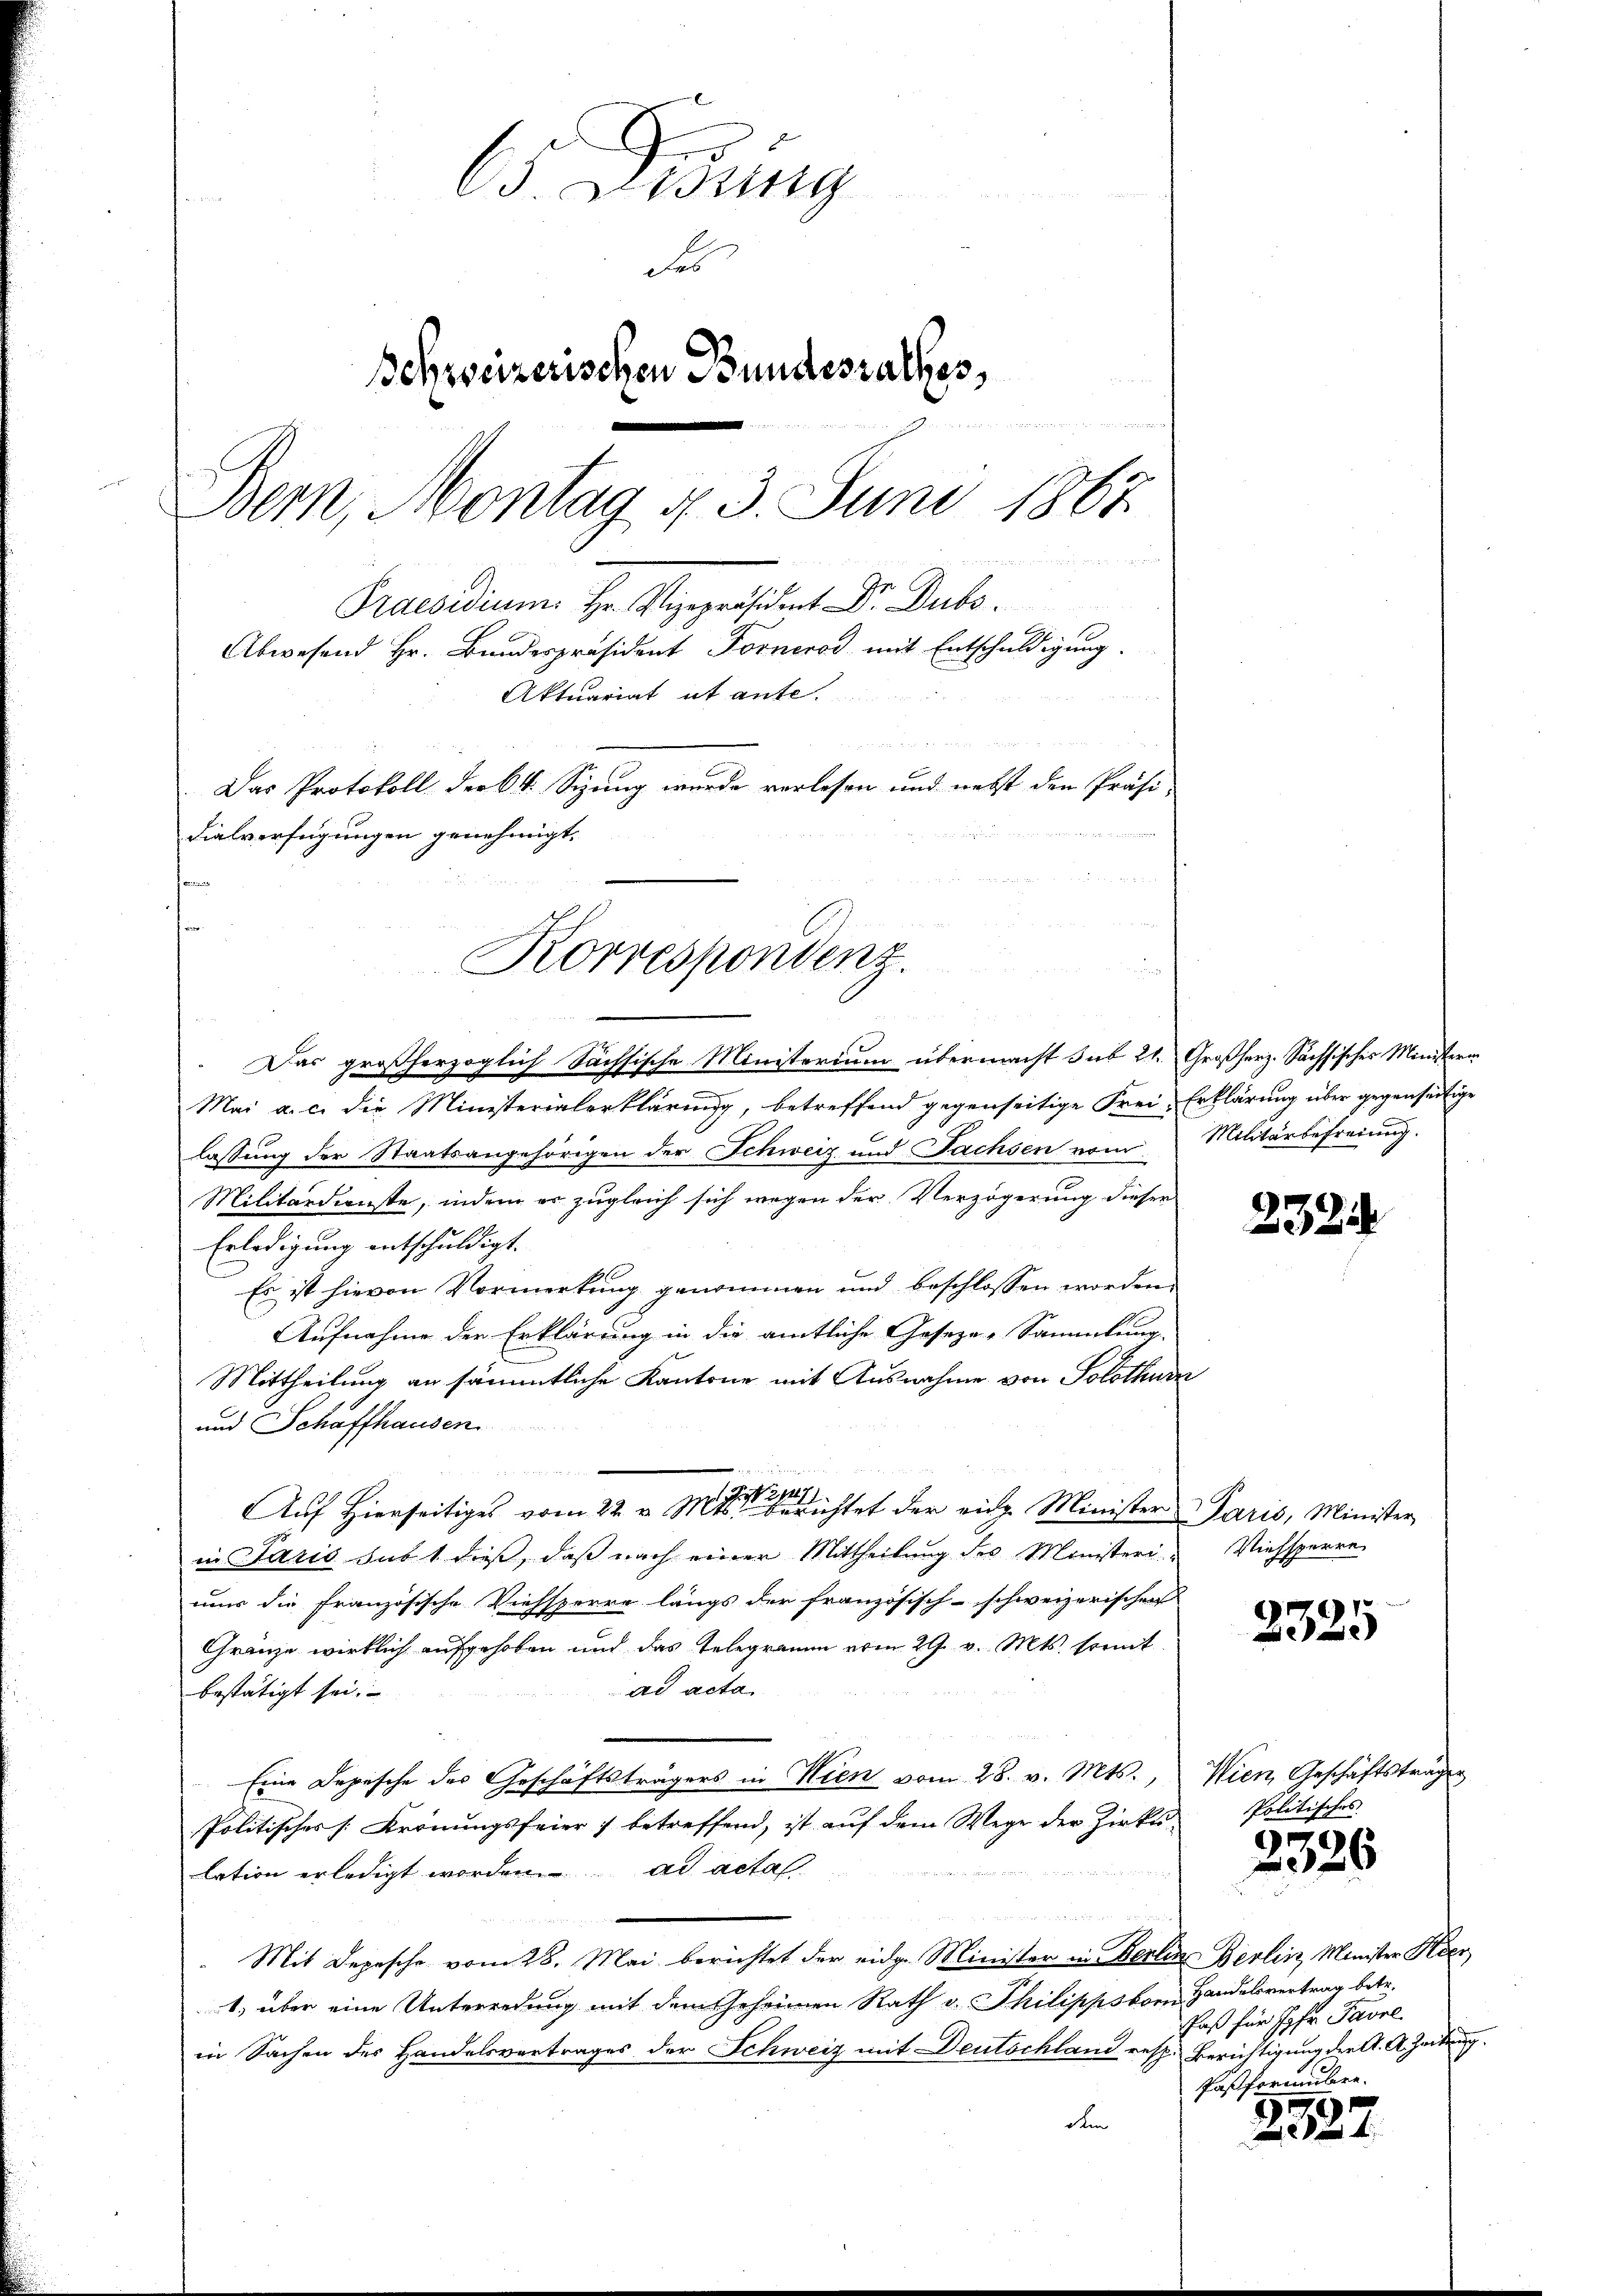
63. Lessing
de
Schweizerischen Bundesrathes,
  244 n 1.
Bern, Montag d. 3. Juni 1867

Praesidium. Hr. Vizepräsident Dr. Dubs.

Abwesend Hr. Bundespräsident Forneros mit Entschuldigung.
Aktuariat et ante.
8
Das Protokoll der k.k. Sizung wurde verlesen und nebst den Präsi-
dialverfügungen genehmigt.
e

Korrespondenz.

27
Aŭf Hierseitiges vom 22. v. Mts. berichtet der eidg. Minister Paris, Minister

Das großherzoglich Sächsische Ministerium übermacht sub 21. Großherz. Sächsisches Ministerin
Mai a. c. die Ministerialerklärung, betreffend gegenseitige Frei-Erklärung über gegenseitige
lassung der Staatsangehörigen der Schweiz und Fachsen vom
Militärdienste, indem er zugleich sich wegen der Verzögerung dieser
Erledigung entschuldigt.
Es ist hievon Vormerkung genommen und beschlossen worden.
Aufnahme der Erklärung in die amtliche Geseze-Sammlung.
Mittheilung an sämmtliche Kantone mit Ausnahme von Solothurn
und Schaffhausen.
in Paris sub 1 dieß, daß nach einer Mittheilung des Ministeri- Viehsperre
nun die französische Viehsperre längs der französisch-schweizerischen
Gränze wirklich aufgehoben und das Telegramm vom 29. v. Mts. somit
ad acta
bestätigt sei.
Eine Depesche des Geschäftsträgers in Wien vom 28. v. Mts., Wien Geschäftsträger
Politischer s. Bronungsfeier) betreffend, ist aŭf dem Wege der Zirkŭ
lation erledigt worden. ad acta
d
Mit Depesche vom 28. Mai berichtet der eidge Minister in Berlin Berlin, Minister Kleer
1. über eine Unterredung mit dem Geheimen Rath v. Philippsbor Handelsvertrag betr.
in Sachen des Handelsvertrages der Schweiz mit Deutschland resp. Berichtigung der A. A. Zeitung.
dem

Militärbefreiung.

2324

1
e

Politisches

2326

Paß für Ihr Pavil
S.
Pasformuliere.

2327